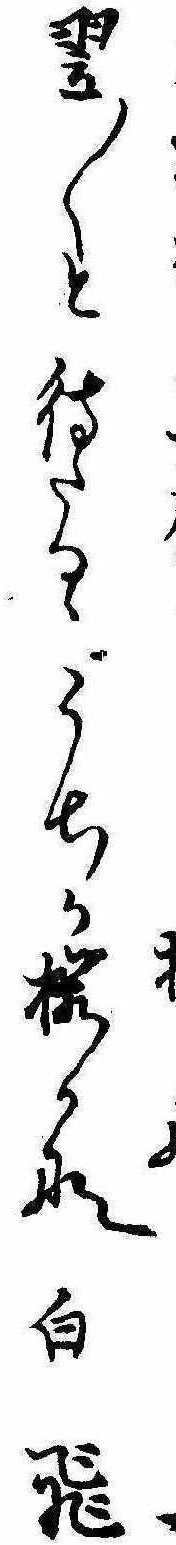
ゝ翌〱と待たるゝうちか桜かな白飛